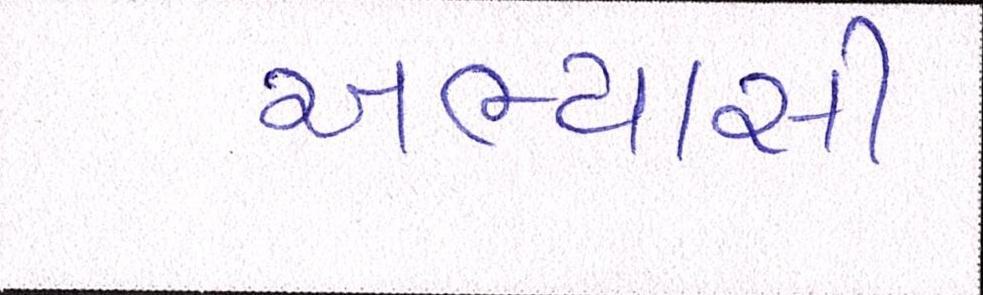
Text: અભ્યાસી